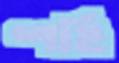
শহি